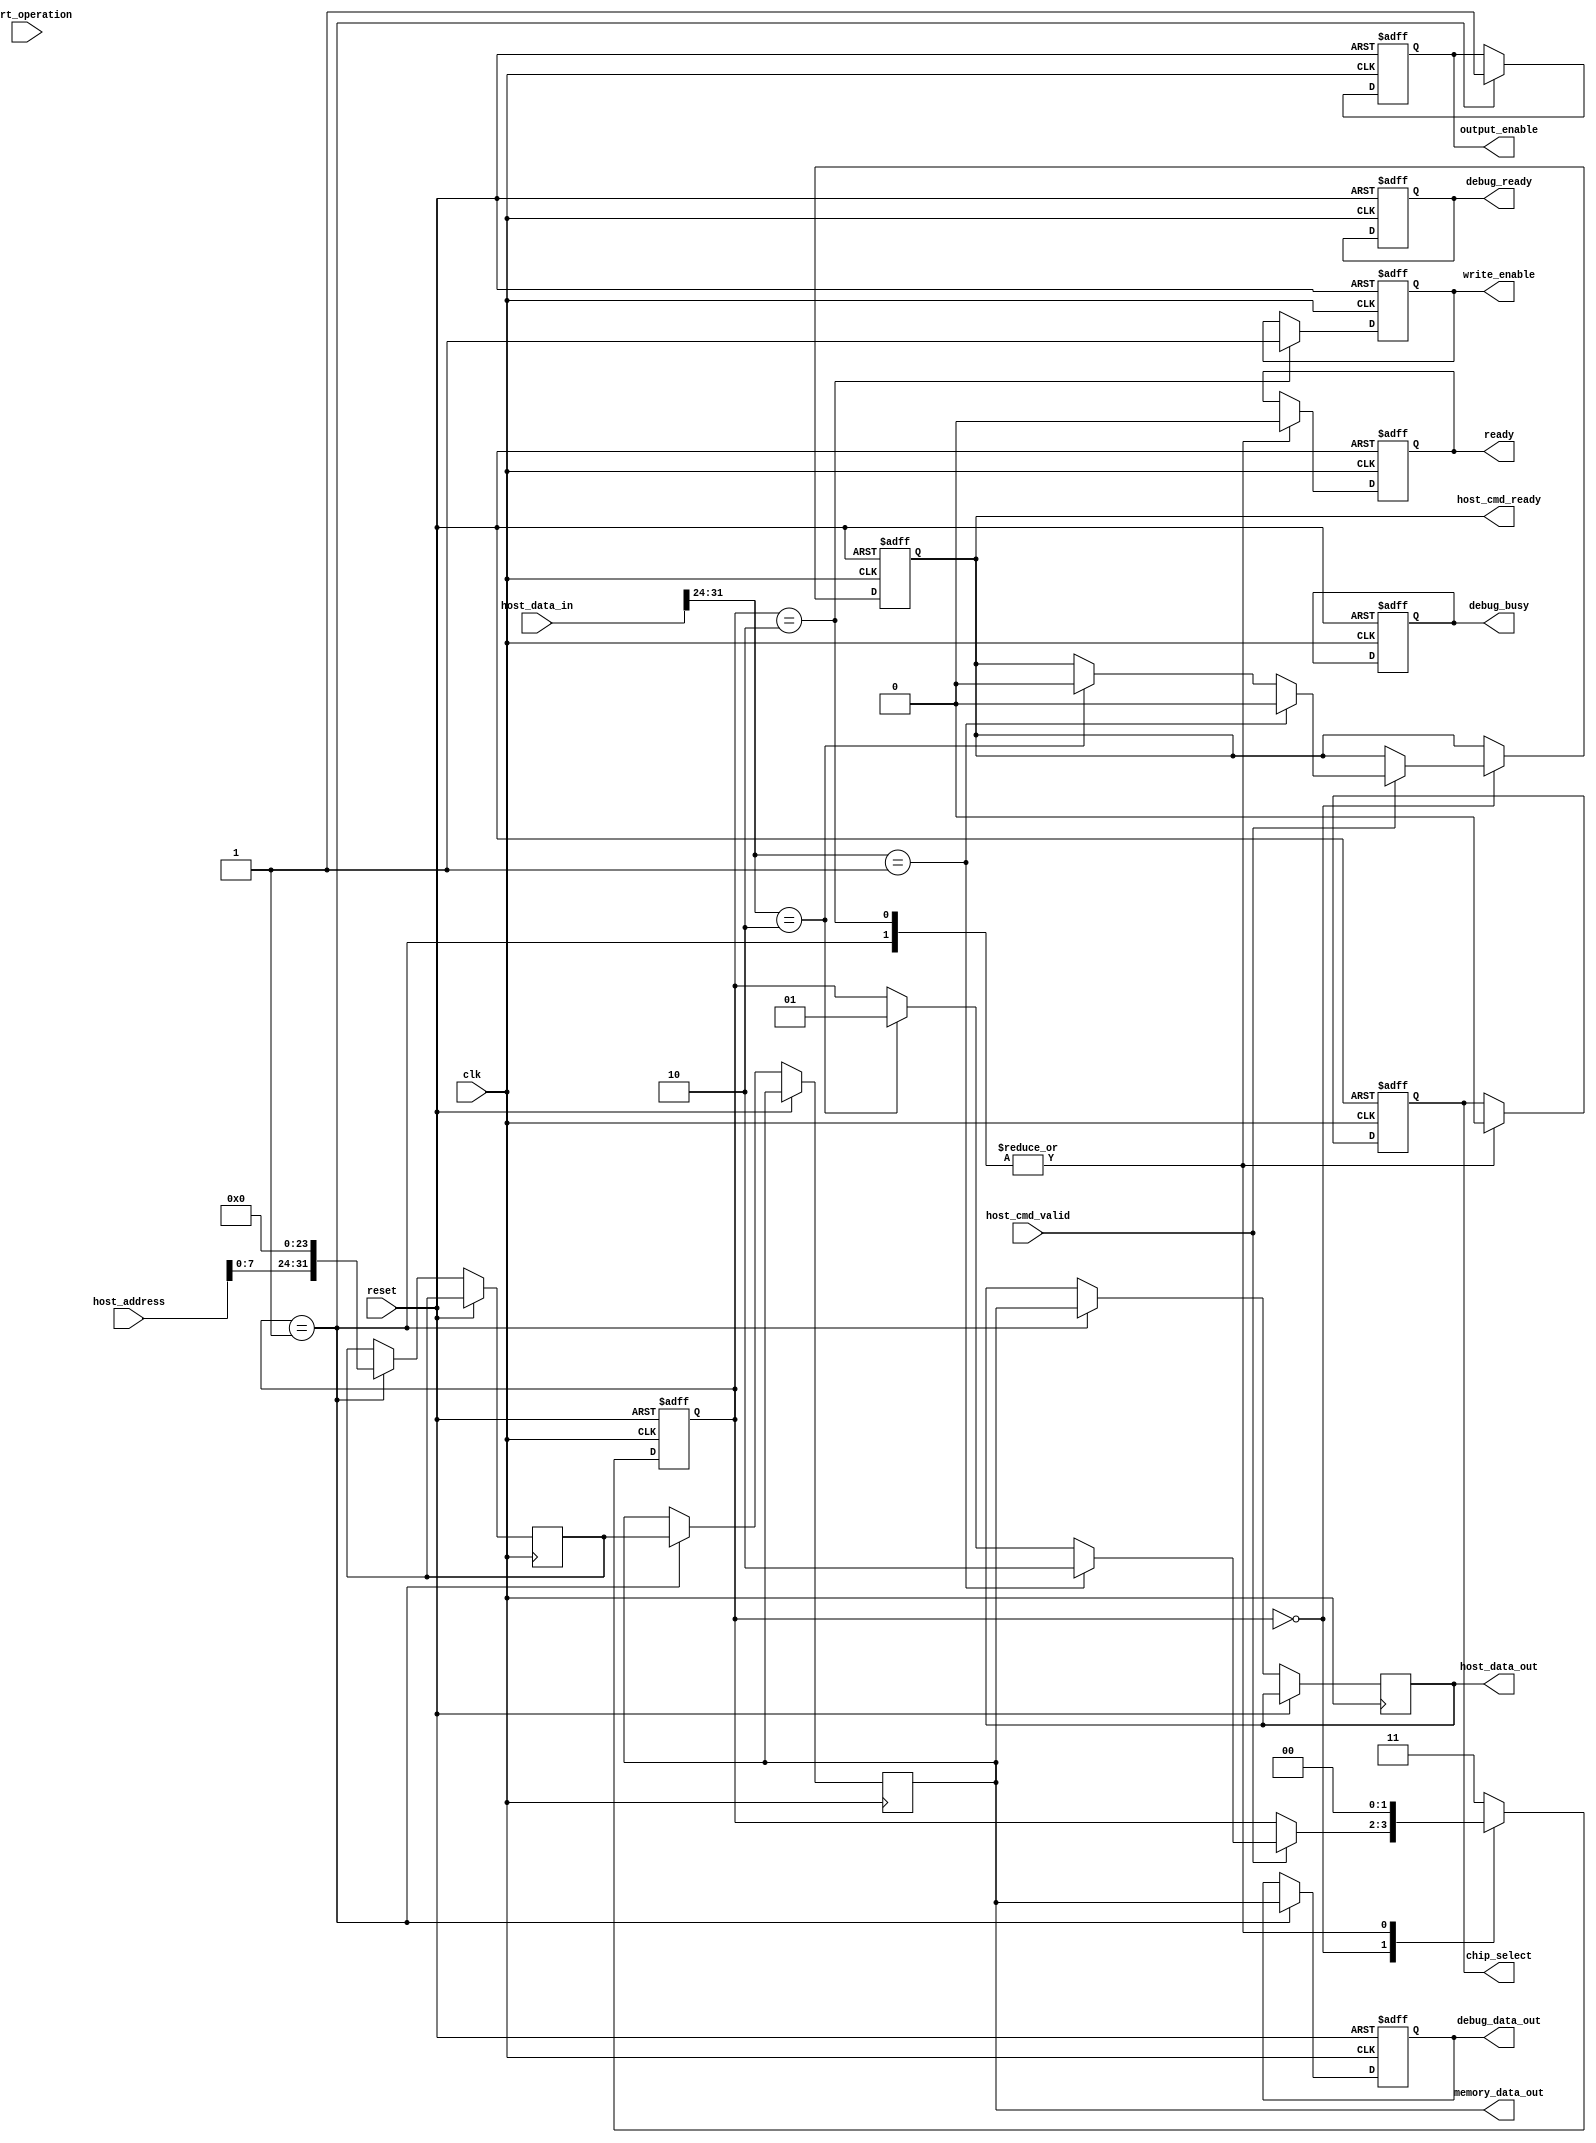
module ssd_io_block (
    input wire clk,
    input wire reset,
    
    // Host Interface
    input wire [31:0] host_data_in,
    output reg [31:0] host_data_out,
    input wire host_cmd_valid,
    output reg host_cmd_ready,
    input wire [15:0] host_address,
    
    // SSD Control Signals
    output reg chip_select,
    output reg write_enable,
    output reg output_enable,
    output reg [31:0] memory_data_out,
    
    // Ready/Busy Signals
    output reg ready,
    input wire start_operation,
    
    // Debug Signals
    output reg debug_ready,
    output reg debug_busy,
    output reg [31:0] debug_data_out
);

// Internal states
reg [1:0] state;
reg [31:0] input_buffer;
reg [31:0] output_buffer;

// State Definitions
localparam IDLE = 2'b00,
           READ = 2'b01,
           WRITE = 2'b10,
           ERROR = 2'b11;

always @(posedge clk or posedge reset) begin
    if (reset) begin
        state <= IDLE;
        host_cmd_ready <= 1'b1;
        ready <= 1'b1;
        chip_select <= 1'b1; // Active low
        write_enable <= 1'b0;
        output_enable <= 1'b0;
        debug_ready <= 1'b1;
        debug_busy <= 1'b0;
        debug_data_out <= 32'b0;
    end else begin
        case (state)
            IDLE: begin
                if (host_cmd_valid) begin
                    // Check command type (omitting specifics)
                    if (host_data_in[31:24] == 8'h01) begin // Example for write command
                        state <= WRITE;
                        host_cmd_ready <= 1'b0; // Not ready to accept new commands
                    end else if (host_data_in[31:24] == 8'h02) begin // Example for read command
                        state <= READ;
                        host_cmd_ready <= 1'b0;
                    end
                end
            end
            
            READ: begin
                // Initiate read operation
                chip_select <= 1'b0; // Activate chip
                output_enable <= 1'b1;
                // Assume we read from memory here (omitted for brevity)
                output_buffer <= {host_address, 24'b0}; // Simulated read from memory
                memory_data_out <= output_buffer; // Send reed data back
                ready <= 1'b0; // SSD is busy
                state <= IDLE; // Transition back to IDLE after read
                host_data_out <= memory_data_out;
                debug_data_out <= memory_data_out;
            end
            
            WRITE: begin
                // Wait for operation to complete
                chip_select <= 1'b0; // Activate chip
                write_enable <= 1'b1; // Enable write
                input_buffer <= host_data_in; // Store data to be written
                // Assume write operation to memory occurs here (omitted for brevity)
                ready <= 1'b0; // SSD is busy
                state <= IDLE; // Transition back to IDLE after write
            end
            
            default: begin
                state <= ERROR; // Handle error
            end
        endcase
    end
end

endmodule